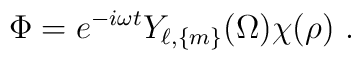
\Phi = e^{-i\omega t} Y_{\ell,\{m\}} (\Omega) \chi(\rho)\ .